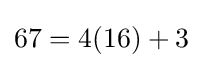
67=4(16)+3